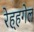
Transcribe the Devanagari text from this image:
रेह्हगेल